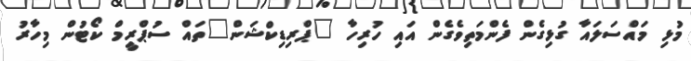
މުޅި މައްސަލައާ ގުޅިގެން ފެންމަތިވެގެން އައި ހުރިހާ "ޕްރިޑިކްޝަން"ތައް ސުޕްރީމް ކޯޓުން މިހާރު